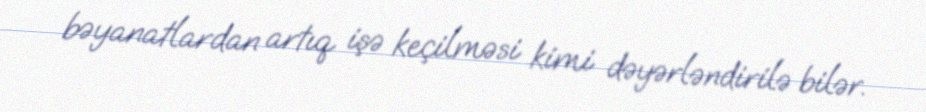
bəyanatlardan artıq işə keçilməsi kimi dəyərləndirilə bilər.